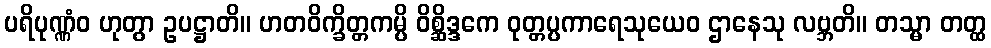
ပရိပုဏ္ဏံဝ ဟုတွာ ဥပဋ္ဌာတိ။ ဟတဝိက္ခိတ္တကမ္ပိ ဝိစ္ဆိဒ္ဒကေ ဝုတ္တပ္ပကာရေသုယေဝ ဌာနေသု လဗ္ဘတိ။ တသ္မာ တတ္ထ